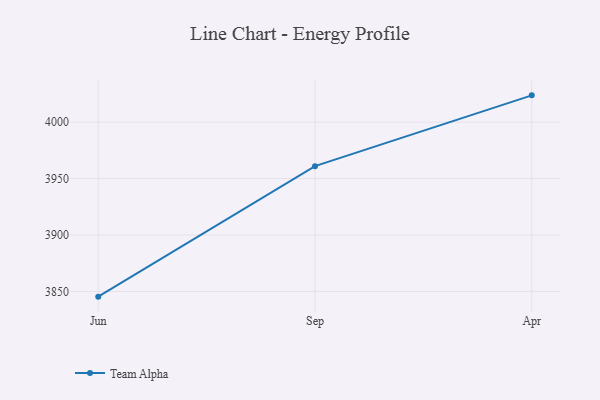
{"axis": {"x": "Month", "y": "Inventory Turnover"}, "legend": ["Team Alpha"], "data": [{"x": "Jun", "y": 3845.4, "type": "Team Alpha"}, {"x": "Sep", "y": 3961.0, "type": "Team Alpha"}, {"x": "Apr", "y": 4023.7, "type": "Team Alpha"}]}